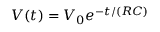
V ( t ) = V _ { 0 } e ^ { - t / ( R C ) }